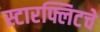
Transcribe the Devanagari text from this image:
स्टारफ्लिटचे